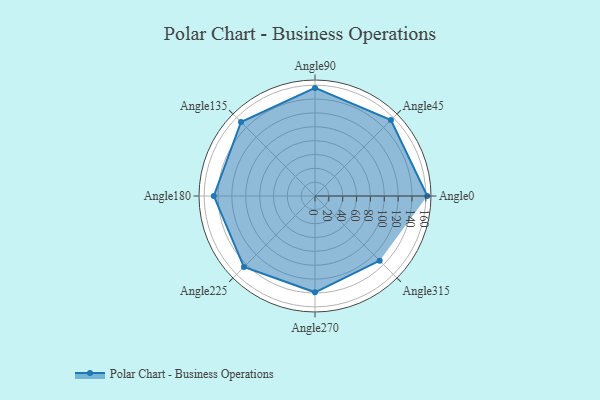
{"axis": {"x": "Angle", "y": "Radius"}, "legend": [""], "data": [{"x": "Angle0", "y": 162.0, "type": ""}, {"x": "Angle45", "y": 155.0, "type": ""}, {"x": "Angle90", "y": 156.0, "type": ""}, {"x": "Angle135", "y": 151.0, "type": ""}, {"x": "Angle180", "y": 146.0, "type": ""}, {"x": "Angle225", "y": 145.0, "type": ""}, {"x": "Angle270", "y": 139.0, "type": ""}, {"x": "Angle315", "y": 132.0, "type": ""}]}